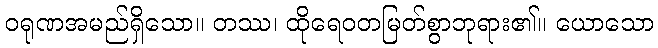
ဝရုဏအမည်ရှိသော။ တဿ၊ ထိုရေဝတမြတ်စွာဘုရား၏။ ယောသော